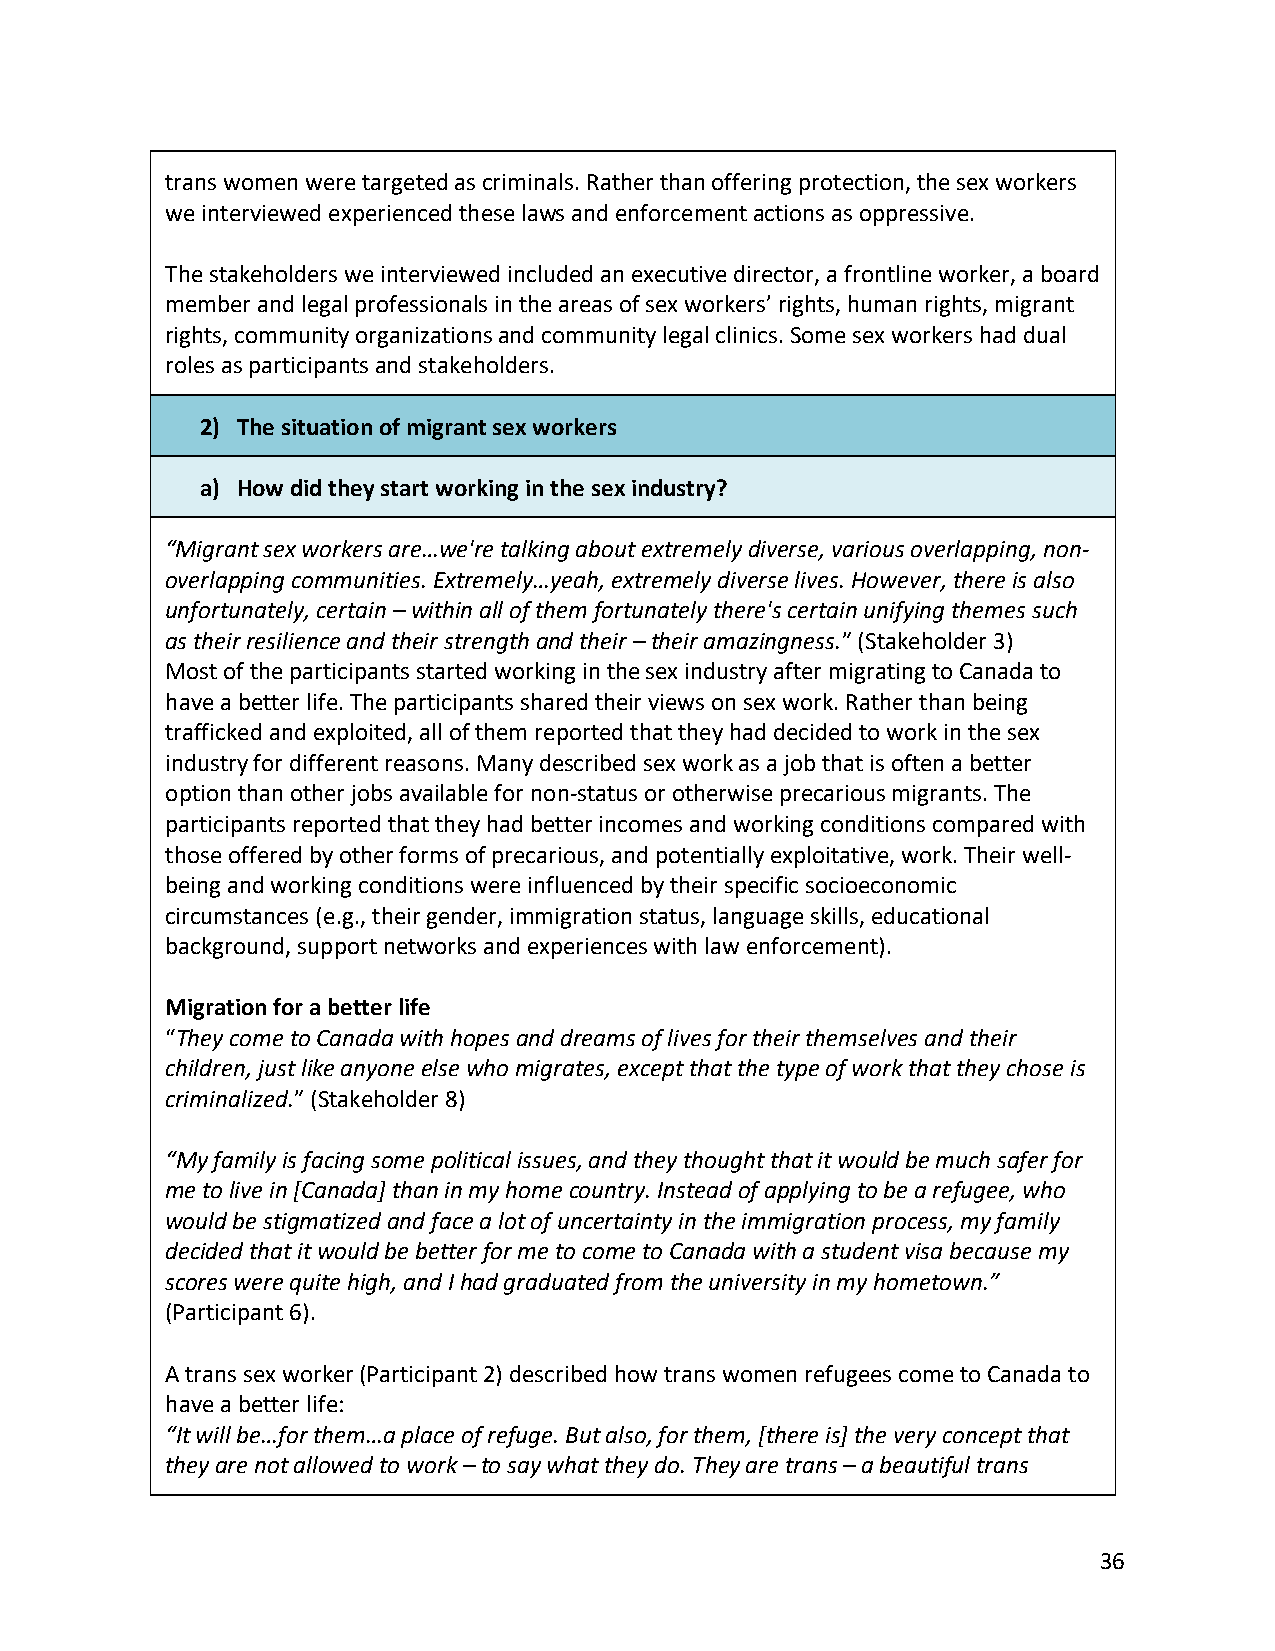
trans women were targeted as criminals. Rather than offering protection, the sex workers
 we interviewed experienced these laws and enforcement actions as oppressive.
 The stakeholders we interviewed included an executive director, a frontline worker, a board
 member and legal professionals in the areas of sex workers’ rights, human rights, migrant
 rights, community organizations and community legal clinics. Some sex workers had dual
 roles as participants and stakeholders.
 2) The situation of migrant sex workers
 a) How did they start working in the sex industry?
 “Migrant sex workers are…we're talking about extremely diverse, various overlapping, non-
 overlapping communities. Extremely…yeah, extremely diverse lives. However, there is also
 unfortunately, certain – within all of them fortunately there's certain unifying themes such
 as their resilience and their strength and their – their amazingness.” (Stakeholder 3)
 Most of the participants started working in the sex industry after migrating to Canada to
 have a better life. The participants shared their views on sex work. Rather than being
 trafficked and exploited, all of them reported that they had decided to work in the sex
 industry for different reasons. Many described sex work as a job that is often a better
 option than other jobs available for non-status or otherwise precarious migrants. The
 participants reported that they had better incomes and working conditions compared with
 those offered by other forms of precarious, and potentially exploitative, work. Their well-
 being and working conditions were influenced by their specific socioeconomic
 circumstances (e.g., their gender, immigration status, language skills, educational
 background, support networks and experiences with law enforcement).
 Migration for a better life
 “They come to Canada with hopes and dreams of lives for their themselves and their
 children, just like anyone else who migrates, except that the type of work that they chose is
 criminalized.” (Stakeholder 8)
 “My family is facing some political issues, and they thought that it would be much safer for
 me to live in [Canada] than in my home country. Instead of applying to be a refugee, who
 would be stigmatized and face a lot of uncertainty in the immigration process, my family
 decided that it would be better for me to come to Canada with a student visa because my
 scores were quite high, and I had graduated from the university in my hometown.”
 (Participant 6).
 A trans sex worker (Participant 2) described how trans women refugees come to Canada to
 have a better life:
 “It will be…for them…a place of refuge. But also, for them, [there is] the very concept that
 they are not allowed to work – to say what they do. They are trans – a beautiful trans
 36